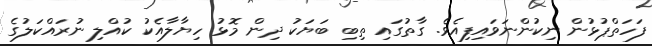
ފަހަތްޕުޅުން ނިކުންނަވައިފިއެވެ. ގާތުގައި ތިބި ބަޔަކު ދިން މޮޅު ހިޔާލާއެކު ކުއްލި ނުރައްކަލުގެ